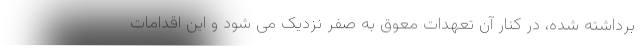
برداشته شده، در کنار آن تعهدات معوق به صفر نزدیک می شود و این اقدامات